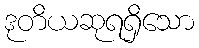
ဒုတိယဆုရရှိသော